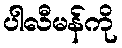
ပါလီမန်ကို